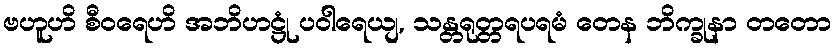
ဗဟူဟိ စီဝရေဟိ အဘိဟဋ္ဌုံ ပဝါရေယျ, သန္တရုတ္တရပရမံ တေန ဘိက္ခုနာ တတော